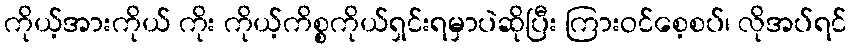
ကိုယ့်အားကိုယ် ကိုး ကိုယ့်ကိစ္စကိုယ်ရှင်းရမှာပဲဆိုပြီး ကြားဝင်စေ့စပ်၊ လိုအပ်ရင်